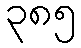
၃၈၅